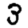
Digit: 3